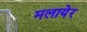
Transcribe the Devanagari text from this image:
मलायेर